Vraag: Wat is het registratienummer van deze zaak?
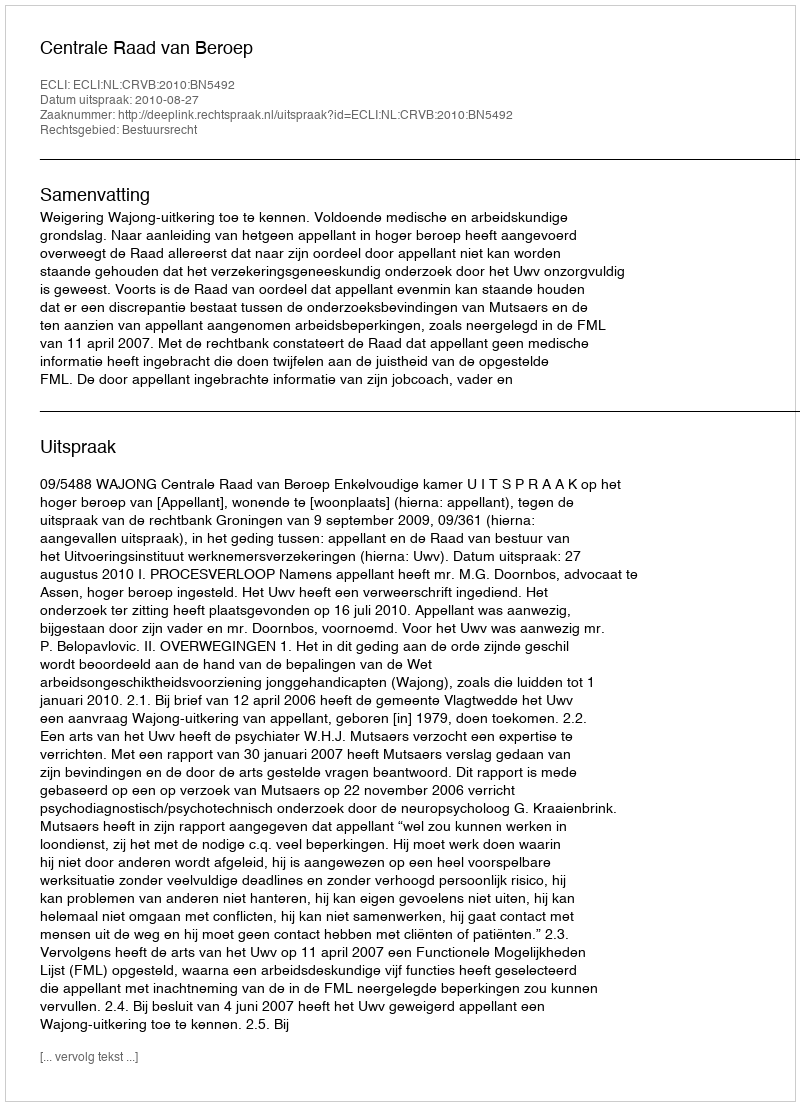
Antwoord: http://deeplink.rechtspraak.nl/uitspraak?id=ECLI:NL:CRVB:2010:BN5492